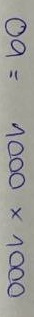
09 = 1000 x 1000